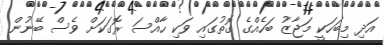
އަދި މިބަހަކީ މަޖާޒު ބަހެއްގެ ގޮތުގައި ވަކި ހާއްސަ ރޮގަކަށް ވެސް ބޭނުން